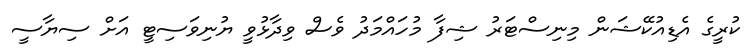
ކުރީގެ އެޑިއުކޭޝަން މިނިސްޓަރު ޝިފާ މުހައްމަދު ވެސް ވިދާޅުވީ ޔުނިވަސިޓީ އަށް ސިޔާސީ